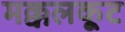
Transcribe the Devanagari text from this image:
मक्कलकूट